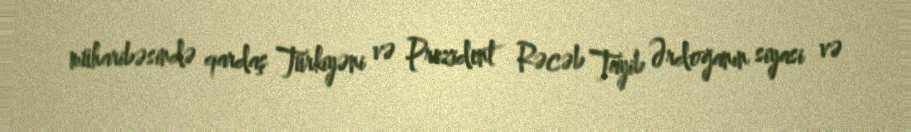
müharibəsində qardaş Türkiyəni və Prezident Rəcəb Tayib Ərdoğanın siyasi və